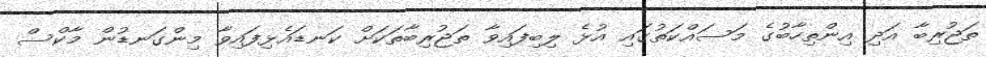
ތަޖުރިބާ އަދި އިންތިހާބުގެ މަސައްކަތުގައި އުޅެ ލިބިފައިވާ ތަޖުރިބާތަކަށް ކަނޑައެޅިފައިވާ މިންގަނޑުން މާކްސް